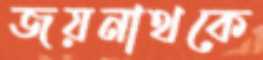
জয়নাথকে